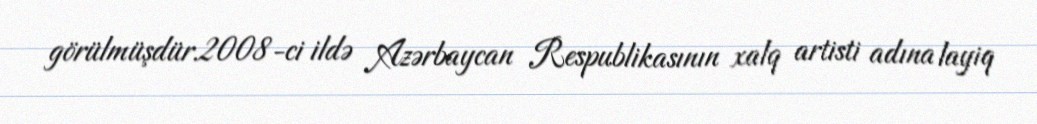
görülmüşdür.2008-ci ildə Azərbaycan Respublikasının xalq artisti adına layiq